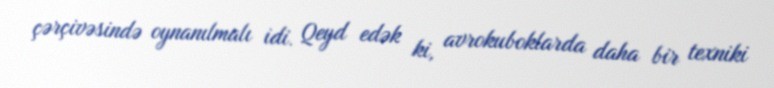
çərçivəsində oynanılmalı idi. Qeyd edək ki, avrokuboklarda daha bir texniki